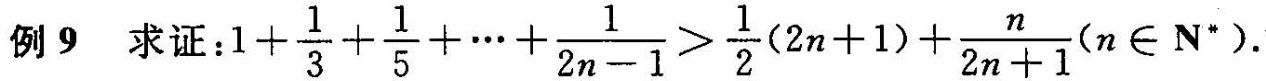
例9 求证:1+ $$\frac{1}{3}+ \frac{1}{5}+ \cdots + \frac{1}{2n-1}> \frac{1}{2}(2n+1)+ \frac{n}{2n+1}(n \in N^{*})$$.